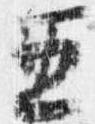
五